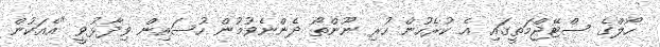
ހޯލްގެ ސްޓޭޖްމަތީގައި އެ ކުރެހުން ހުރި ނޫންތޯ ދެންނެވުމުން ހުސައިން ވިދާޅުވީ "އެއަކުން